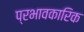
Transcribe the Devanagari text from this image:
प्रभावकारिक